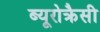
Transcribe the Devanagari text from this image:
ब्यूरोक्रैसी